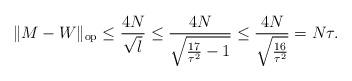
LaTeX: \begin{align*}\|M-W\|_{\textup{op}}\le \frac{4N}{\sqrt{l}} \le \frac{4N}{\sqrt{\frac{17}{\tau^2}-1}}\le \frac{4N}{\sqrt{\frac{16}{\tau^2}}} = N\tau. \end{align*}